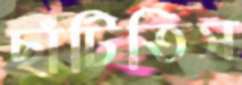
ছাঁটিতিস